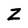
Character: Z